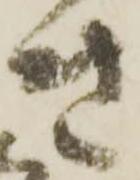
き